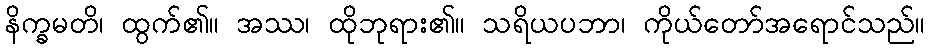
နိက္ခမတိ၊ ထွက်၏။ အဿ၊ ထိုဘုရား၏။ သရိယပဘာ၊ ကိုယ်တော်အရောင်သည်။